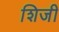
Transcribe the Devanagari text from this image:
शिजी